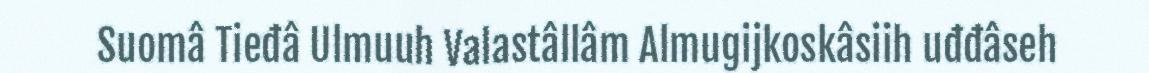
Suomâ Tieđâ Ulmuuh Valastâllâm Almugijkoskâsiih uđđâseh